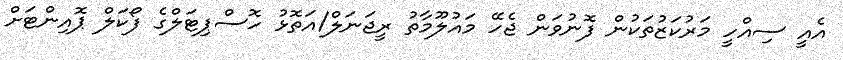
އެއީ ސިއްހީ މަރުކަޒުތަކުން ފޮނުވަން ޖެހޭ މައުލޫމާތު ރީޖަނަލް/އަތޮޅު ހޮސްޕިޓަލްގެ ފޯކަލް ޕޮއިންޓަށް